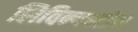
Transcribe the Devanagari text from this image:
लिविन्गस्टोन